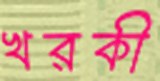
খরকী